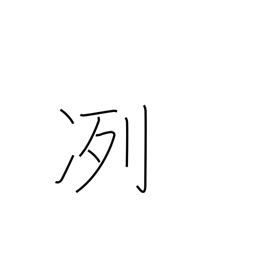
Meaning: cold